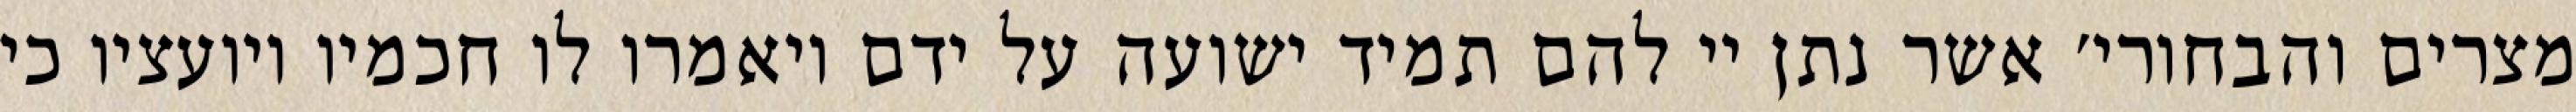
מצרים והבחורי׳ אשר נתן יי להם תמיד ישועה על ידם ויאמרו לו חכמיו ויועציו כי